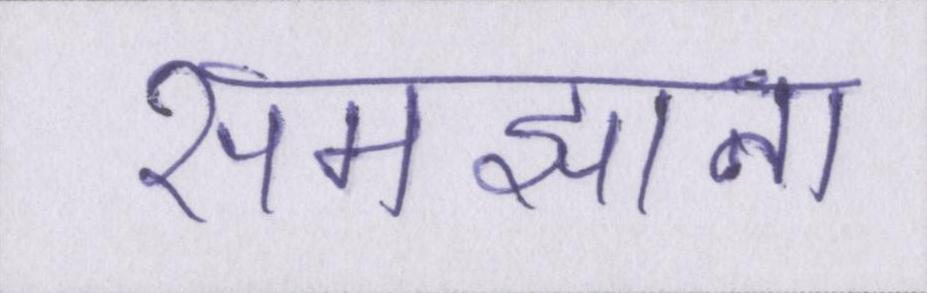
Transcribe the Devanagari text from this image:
समझाना